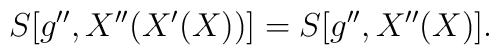
S[g'',X''(X'(X))] = S[g'',X''(X)].